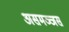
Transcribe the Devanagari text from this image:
असमञ्जस